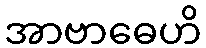
အာဗာဓေဟိ